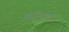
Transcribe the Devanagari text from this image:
डंदीयाल